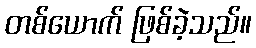
တစ်ယောက် ဖြစ်ခဲ့သည်။